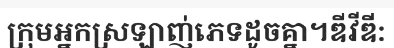
ក្រុមអ្នកស្រឡាញ់ភេទដូចគ្នា។ឌីវីឌី: